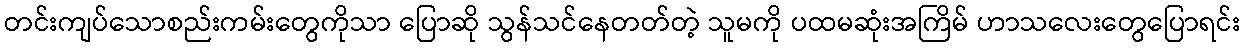
တင်းကျပ်သောစည်းကမ်းတွေကိုသာ ပြောဆို သွန်သင်နေတတ်တဲ့ သူမကို ပထမဆုံးအကြိမ် ဟာသလေးတွေပြောရင်း